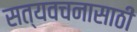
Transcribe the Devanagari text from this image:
सत्यवचनासाठी